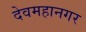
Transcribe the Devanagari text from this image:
देवमहानगर